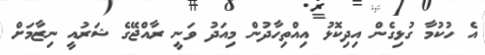
އެ ހުކުމާ ގުޅިގެން އިދިކޮޅު އިއްތިހާދުން މިއަދު ވަނީ ރާއްޖޭގެ ޝަރުއީ ނިޒާމަށް